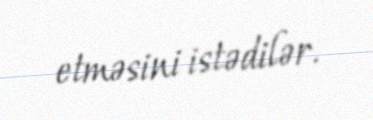
etməsini istədilər.